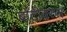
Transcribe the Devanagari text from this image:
बोटींवरुन